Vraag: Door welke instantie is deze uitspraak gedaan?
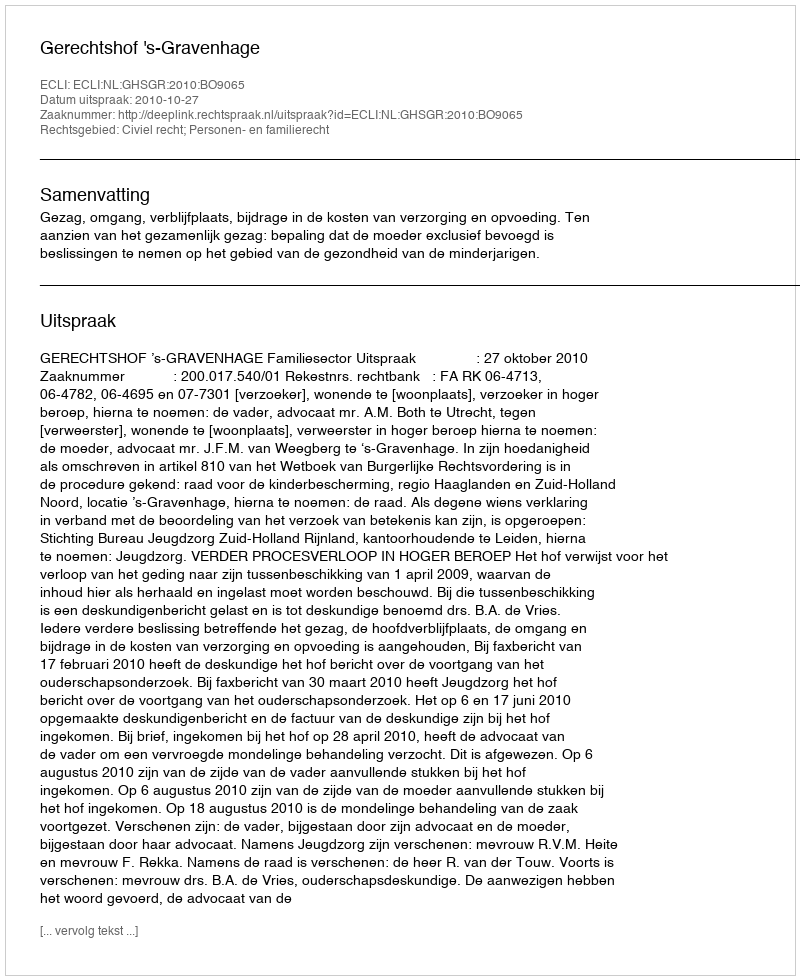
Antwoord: Gerechtshof 's-Gravenhage